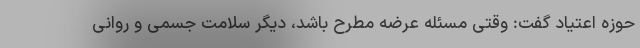
حوزه اعتیاد گفت: وقتی مسئله عرضه مطرح باشد، دیگر سلامت جسمی و روانی